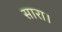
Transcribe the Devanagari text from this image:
सारा।